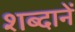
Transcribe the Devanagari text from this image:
शब्दानें